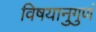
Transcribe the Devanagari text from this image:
विषयानुगुणं